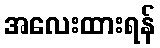
အလေးထားရန်